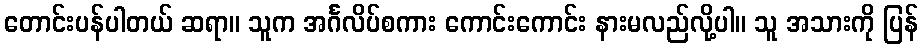
တောင်းပန်ပါတယ် ဆရာ။ သူက အင်္ဂလိပ်စကား ကောင်းကောင်း နားမလည်လို့ပါ။ သူ အသားကို ပြန်